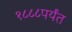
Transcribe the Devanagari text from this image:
१८८८पर्यंत